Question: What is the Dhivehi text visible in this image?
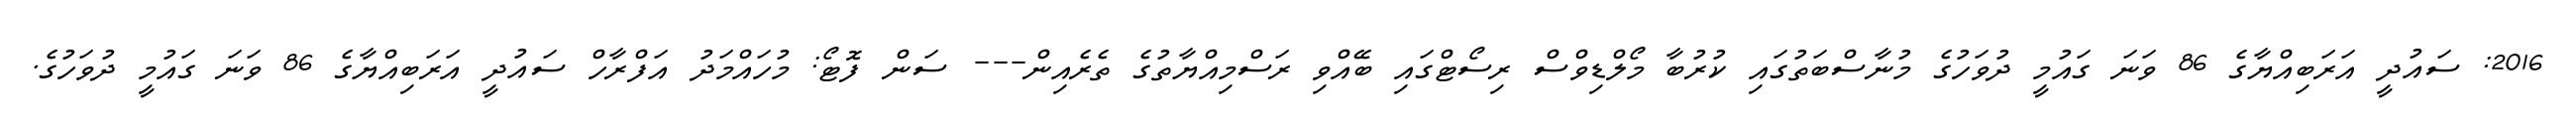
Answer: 2016: ސައުދީ އަރަބިއްޔާގެ 86 ވަނަ ގައުމީ ދުވަހުގެ މުނާސްބަތުގައި ކުރުބާ މޯލްޑިވްސް ރިސޯޓްގައި ބޭއްވި ރަސްމިއްޔާތުގެ ތެރެއިން--- ސަން ފޮޓޯ: މުހައްމަދު އަފްރާހް ސައުދީ އަރަބިއްޔާގެ 86 ވަނަ ގައުމީ ދުވަހުގެ.